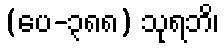
(ပေ-၃၈၈) သုရဘိ၊